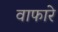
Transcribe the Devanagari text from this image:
वाफारे